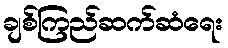
ချစ်ကြည်ဆက်ဆံရေး